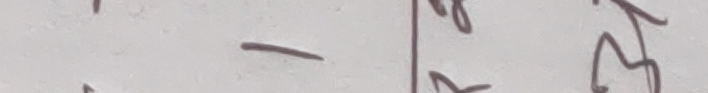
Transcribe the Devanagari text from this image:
- के ने